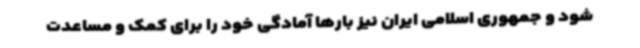
شود و جمهوری اسلامی ایران نیز بارها آمادگی خود را برای کمک و مساعدت